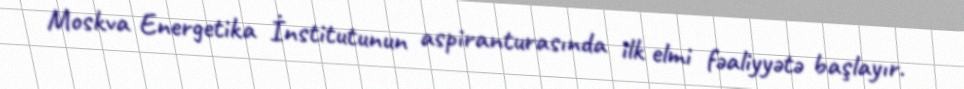
Moskva Energetika İnstitutunun aspiranturasında ilk elmi fəaliyyətə başlayır.